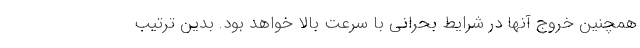
همچنین خروج آنها در شرایط بحرانی با سرعت بالا خواهد بود. بدین ترتیب